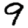
Digit: 9